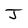
Character: J